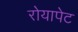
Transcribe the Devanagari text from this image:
रोयापेट